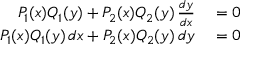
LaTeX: \begin{array} { r l } { P _ { 1 } ( x ) Q _ { 1 } ( y ) + P _ { 2 } ( x ) Q _ { 2 } ( y ) \, { \frac { d y } { d x } } } & { { } = 0 } \\ { P _ { 1 } ( x ) Q _ { 1 } ( y ) \, d x + P _ { 2 } ( x ) Q _ { 2 } ( y ) \, d y } & { { } = 0 } \end{array}